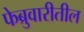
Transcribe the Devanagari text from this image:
फेब्रुवारीतील